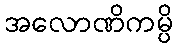
အလောဏိကမ္ပိ